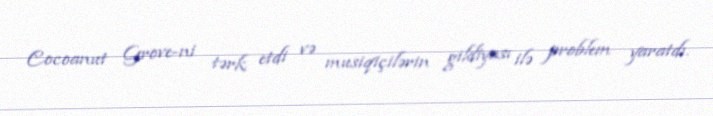
Cocoanut Grove-ni tərk etdi və musiqiçilərin gildiyası ilə problem yaratdı.